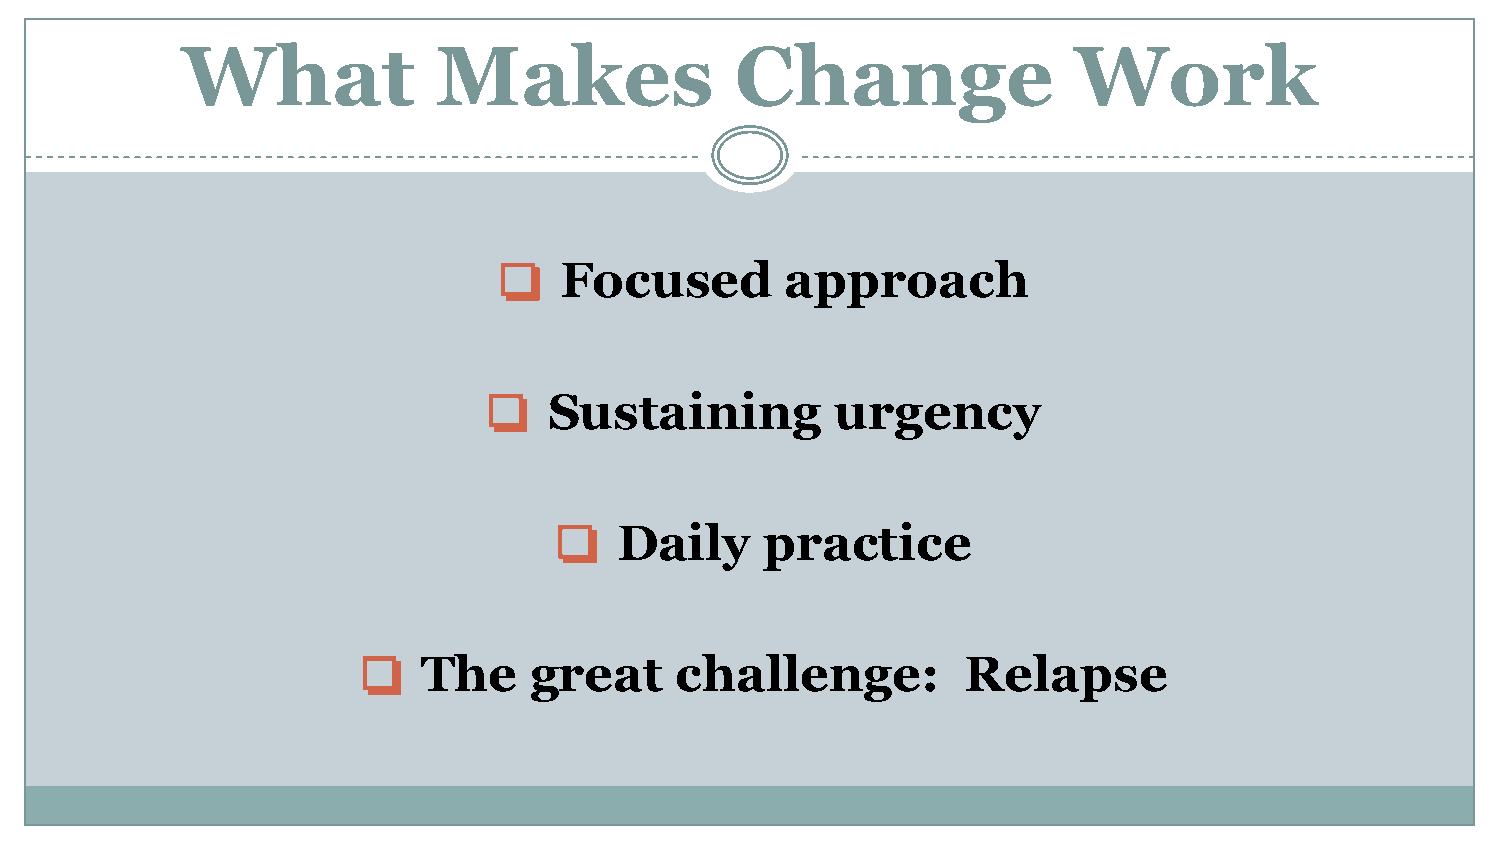
What             Makes               Change                Work
 ❏   Focused        approach
 ❏   Sustaining         urgency
 ❏   Daily     practice
 ❏   The    great     challenge:         Relapse